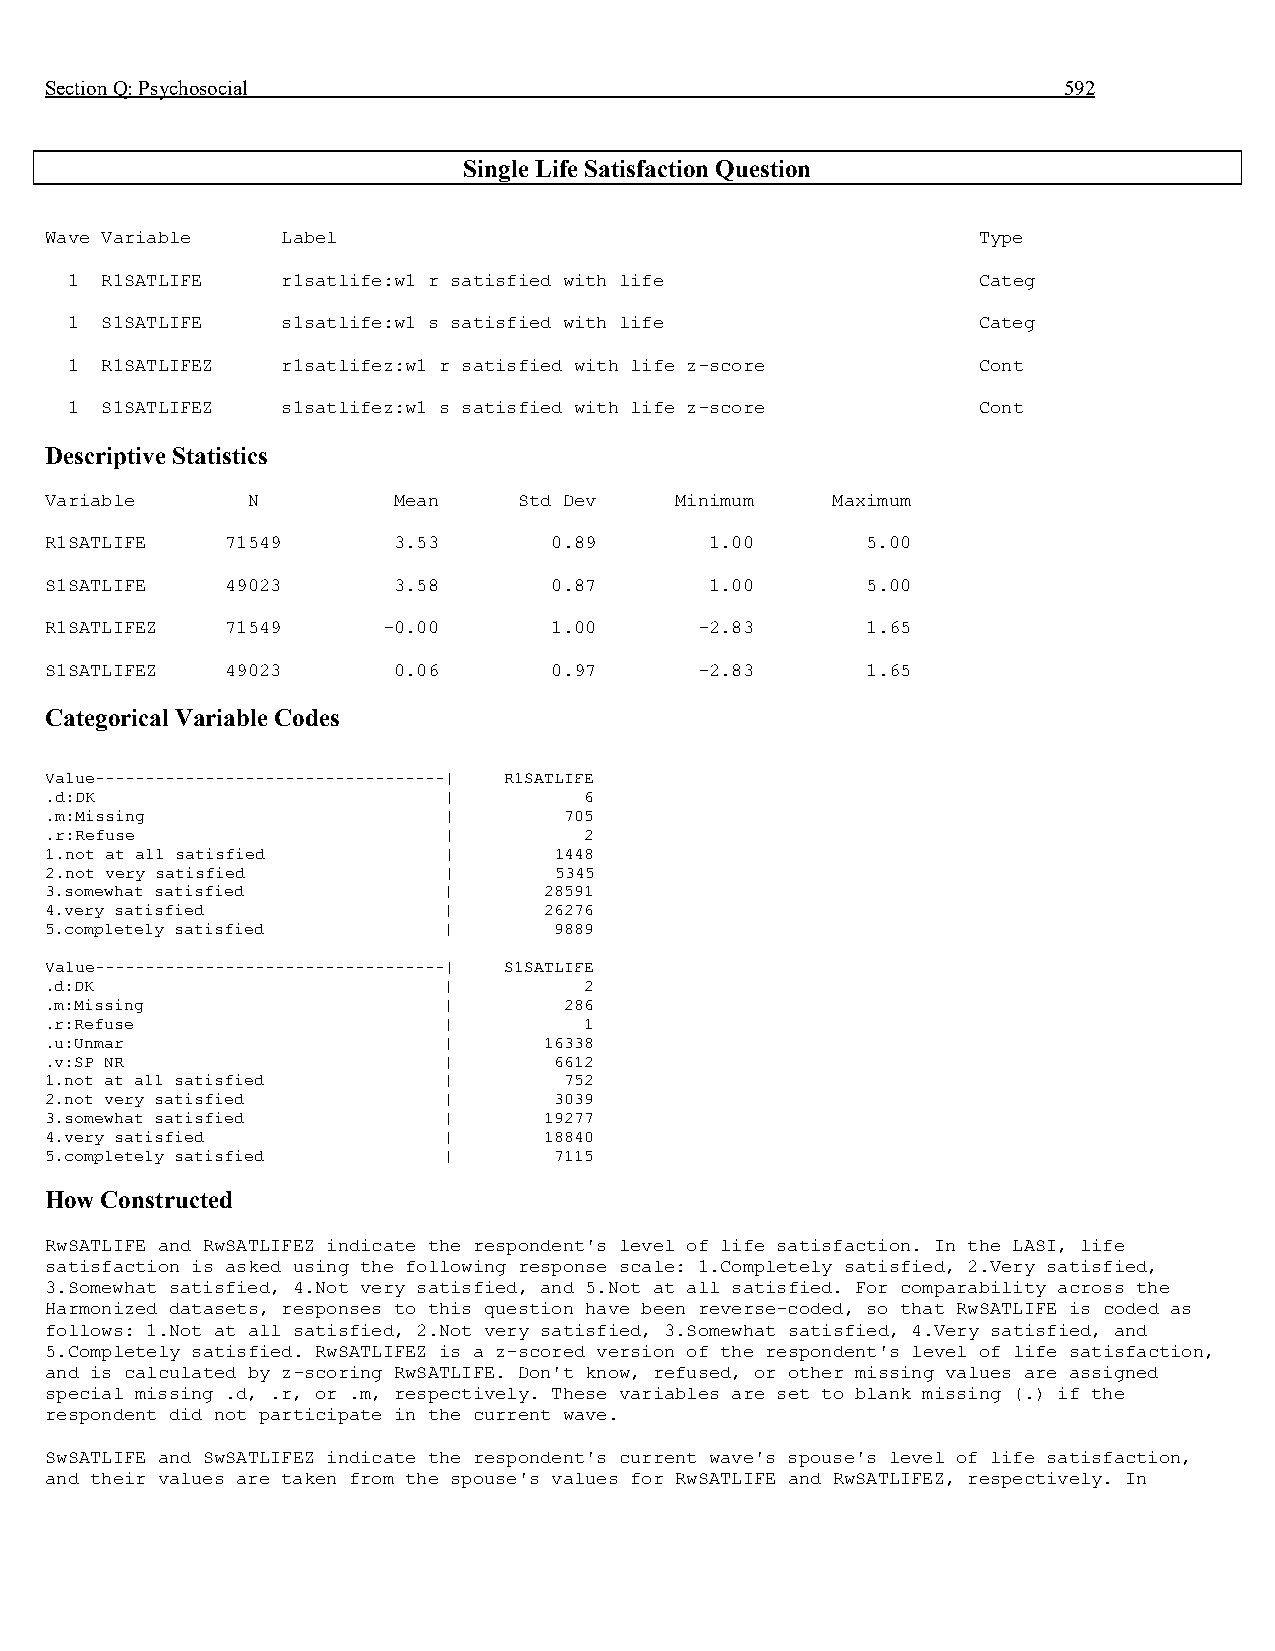
Section Q: Psychosocial                                            592
 Single Life Satisfaction Question
 Wave Variable   Label                                         Type
 1  R1SATLIFE   r1satlife:w1 r satisfied with life            Categ
 1  S1SATLIFE   s1satlife:w1 s satisfied with life            Categ
 1  R1SATLIFEZ  r1satlifez:w1 r satisfied with life z-score   Cont
 1  S1SATLIFEZ  s1satlifez:w1 s satisfied with life z-score   Cont
 Descriptive Statistics
 Variable     N         Mean    Std Dev    Minimum   Maximum
 R1SATLIFE   71549      3.53      0.89       1.00      5.00
 S1SATLIFE   49023      3.58      0.87       1.00      5.00
 R1SATLIFEZ  71549     -0.00      1.00      -2.83      1.65
 S1SATLIFEZ  49023      0.06      0.97      -2.83      1.65
 Categorical Variable Codes
 Value-----------------------------------| R1SATLIFE
 .d:DK                     |         6
 .m:Missing                |       705
 .r:Refuse                 |         2
 1.not at all satisfied    |       1448
 2.not very satisfied      |       5345
 3.somewhat satisfied      |      28591
 4.very satisfied          |      26276
 5.completely satisfied    |       9889
 Value-----------------------------------| S1SATLIFE
 .d:DK                     |         2
 .m:Missing                |       286
 .r:Refuse                 |         1
 .u:Unmar                  |      16338
 .v:SP NR                  |       6612
 1.not at all satisfied    |       752
 2.not very satisfied      |       3039
 3.somewhat satisfied      |      19277
 4.very satisfied          |      18840
 5.completely satisfied    |       7115
 How Constructed
 RwSATLIFE and RwSATLIFEZ indicate the respondent's level of life satisfaction. In the LASI, life
 satisfaction is asked using the following response scale: 1.Completely satisfied, 2.Very satisfied,
 3.Somewhat satisfied, 4.Not very satisfied, and 5.Not at all satisfied. For comparability across the
 Harmonized datasets, responses to this question have been reverse-coded, so that RwSATLIFE is coded as
 follows: 1.Not at all satisfied, 2.Not very satisfied, 3.Somewhat satisfied, 4.Very satisfied, and
 5.Completely satisfied. RwSATLIFEZ is a z-scored version of the respondent's level of life satisfaction,
 and is calculated by z-scoring RwSATLIFE. Don't know, refused, or other missing values are assigned
 special missing .d, .r, or .m, respectively. These variables are set to blank missing (.) if the
 respondent did not participate in the current wave.
 SwSATLIFE and SwSATLIFEZ indicate the respondent's current wave's spouse's level of life satisfaction,
 and their values are taken from the spouse's values for RwSATLIFE and RwSATLIFEZ, respectively. In